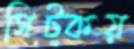
সিট্‌কয়